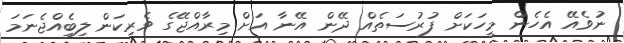
ނުވެއޭ އެހެން މީހަކަށް ފުރުސަތެއް ދޭން އޭނާ އަށް މިރާއްޖޭގެ ވެރިކަން ލިބިެއްޖެނަމަ